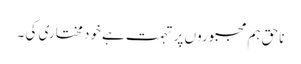
ناحق ہم مجبوروں پر تہمت ہے خود مختاری کی ۔